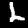
Label: 2